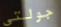
جولتي